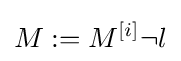
M:=M^{[i]}\neg l